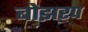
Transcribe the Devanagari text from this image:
बोझरप